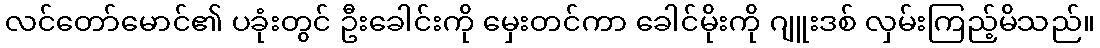
လင်တော်မောင်၏ ပခုံးတွင် ဦးခေါင်းကို မှေးတင်ကာ ခေါင်မိုးကို ဂျူးဒစ် လှမ်းကြည့်မိသည်။